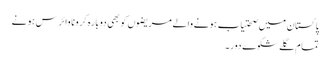
پاکستان میں صحتیاب ہونے والے مریضوں کو بھی دوبارہ کرونا وائرس ہونے
تمام گلے شکوے دور ۔